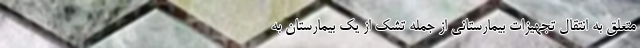
متعلق به انتقال تجهیزات بیمارستانی از جمله تشک از یک بیمارستان به